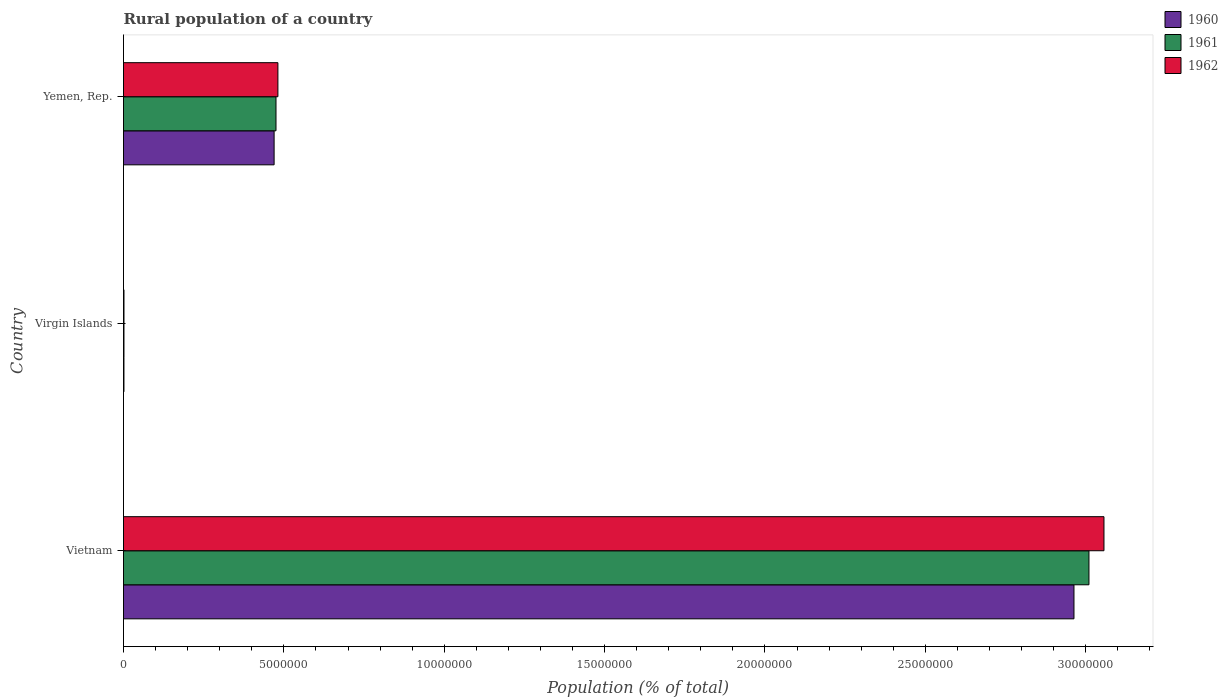
| Country | 1960 | 1961 | 1962 |
 | --- | --- | --- | --- |
 | Vietnam | 2.96e+07 | 3.01e+07 | 3.06e+07 |
 | Virgin Islands | 1.39e+04 | 1.44e+04 | 1.48e+04 |
 | Yemen, Rep. | 4.7e+06 | 4.75e+06 | 4.81e+06 |